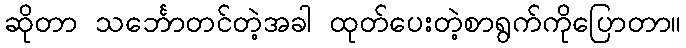
ဆိုတာ သင်္ဘောတင်တဲ့အခါ ထုတ်ပေးတဲ့စာရွက်ကိုပြောတာ။